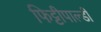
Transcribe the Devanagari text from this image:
फिट्टीपाल्डी